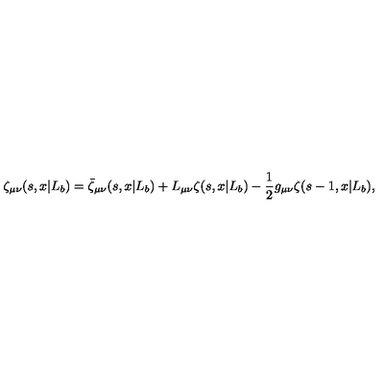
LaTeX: \zeta _ { \mu \nu } ( s , x | L _ { b } ) = \bar { \zeta } _ { \mu \nu } ( s , x | L _ { b } ) + L _ { \mu \nu } \zeta ( s , x | L _ { b } ) - { \frac { 1 } { 2 } } g _ { \mu \nu } \zeta ( s - 1 , x | L _ { b } ) ,